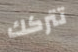
تتركك